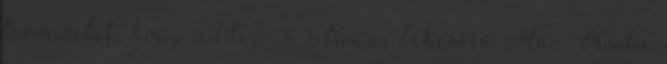
tervezetét, hogy addig is vitázni lehessen róla – Radu